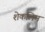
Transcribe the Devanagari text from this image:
शेकलिम